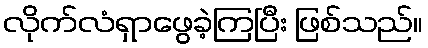
လိုက်လံရှာဖွေခဲ့ကြပြီး ဖြစ်သည်။